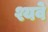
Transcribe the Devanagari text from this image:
श्यवे